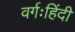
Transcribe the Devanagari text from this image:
वर्गःहिंदी